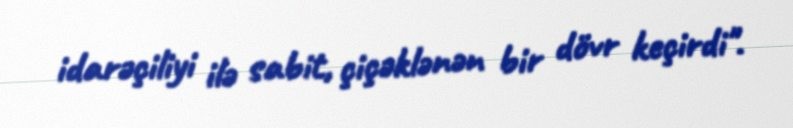
idarəçiliyi ilə sabit, çiçəklənən bir dövr keçirdi".